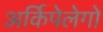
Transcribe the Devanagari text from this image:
अर्किपेलेगो